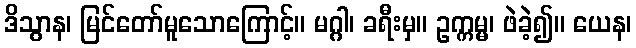
ဒိသွာန၊ မြင်တော်မူသောကြောင့်။ မဂ္ဂါ၊ ခရီးမှ။ ဥက္ကမ္မ၊ ဖဲခဲ့၍။ ယေန၊